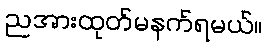
ညအားထုတ်မနက်ရမယ်။